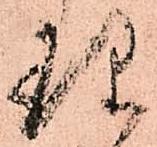
理